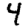
Digit: 4